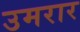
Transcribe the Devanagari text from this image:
उमरार